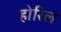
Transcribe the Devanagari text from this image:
होरिल